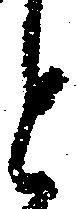
と